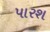
પારશ